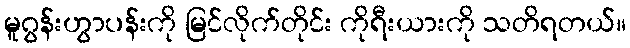
မူဂွန်းဟွာပန်းကို မြင်လိုက်တိုင်း ကိုရီးယားကို သတိရတယ်။